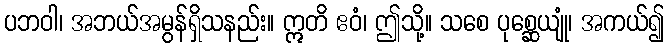
ပဘဝါ၊ အဘယ်အမွန်ရှိသနည်း။ ဣတိ ဧဝံ၊ ဤသို့။ သစေ ပုစ္ဆေယျုံ၊ အကယ်၍